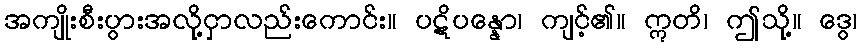
အကျိုးစီးပွားအလို့ငှာလည်းကောင်း။ ပဋိပန္နော၊ ကျင့်၏။ ဣတိ၊ ဤသို့။ ဒွေ၊